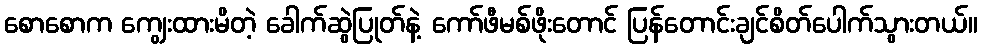
စောစောက ကျွေးထားမိတဲ့ ခေါက်ဆွဲပြုတ်နဲ့ ကော်ဖီမစ်ဖိုးတောင် ပြန်တောင်းချင်စိတ်ပေါက်သွားတယ်။